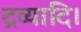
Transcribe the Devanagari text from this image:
द्रव्यादि।